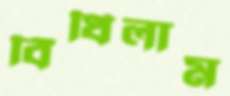
বিঁধিলাম